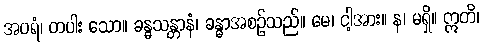
အပရံ၊ တပါး သော။ ခန္ဓသန္တာနံ၊ ခန္ဓာအစဉ်သည်။ မေ၊ ငါ့အား။ န၊ မရှိ။ ဣတိ၊